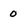
Character: 0